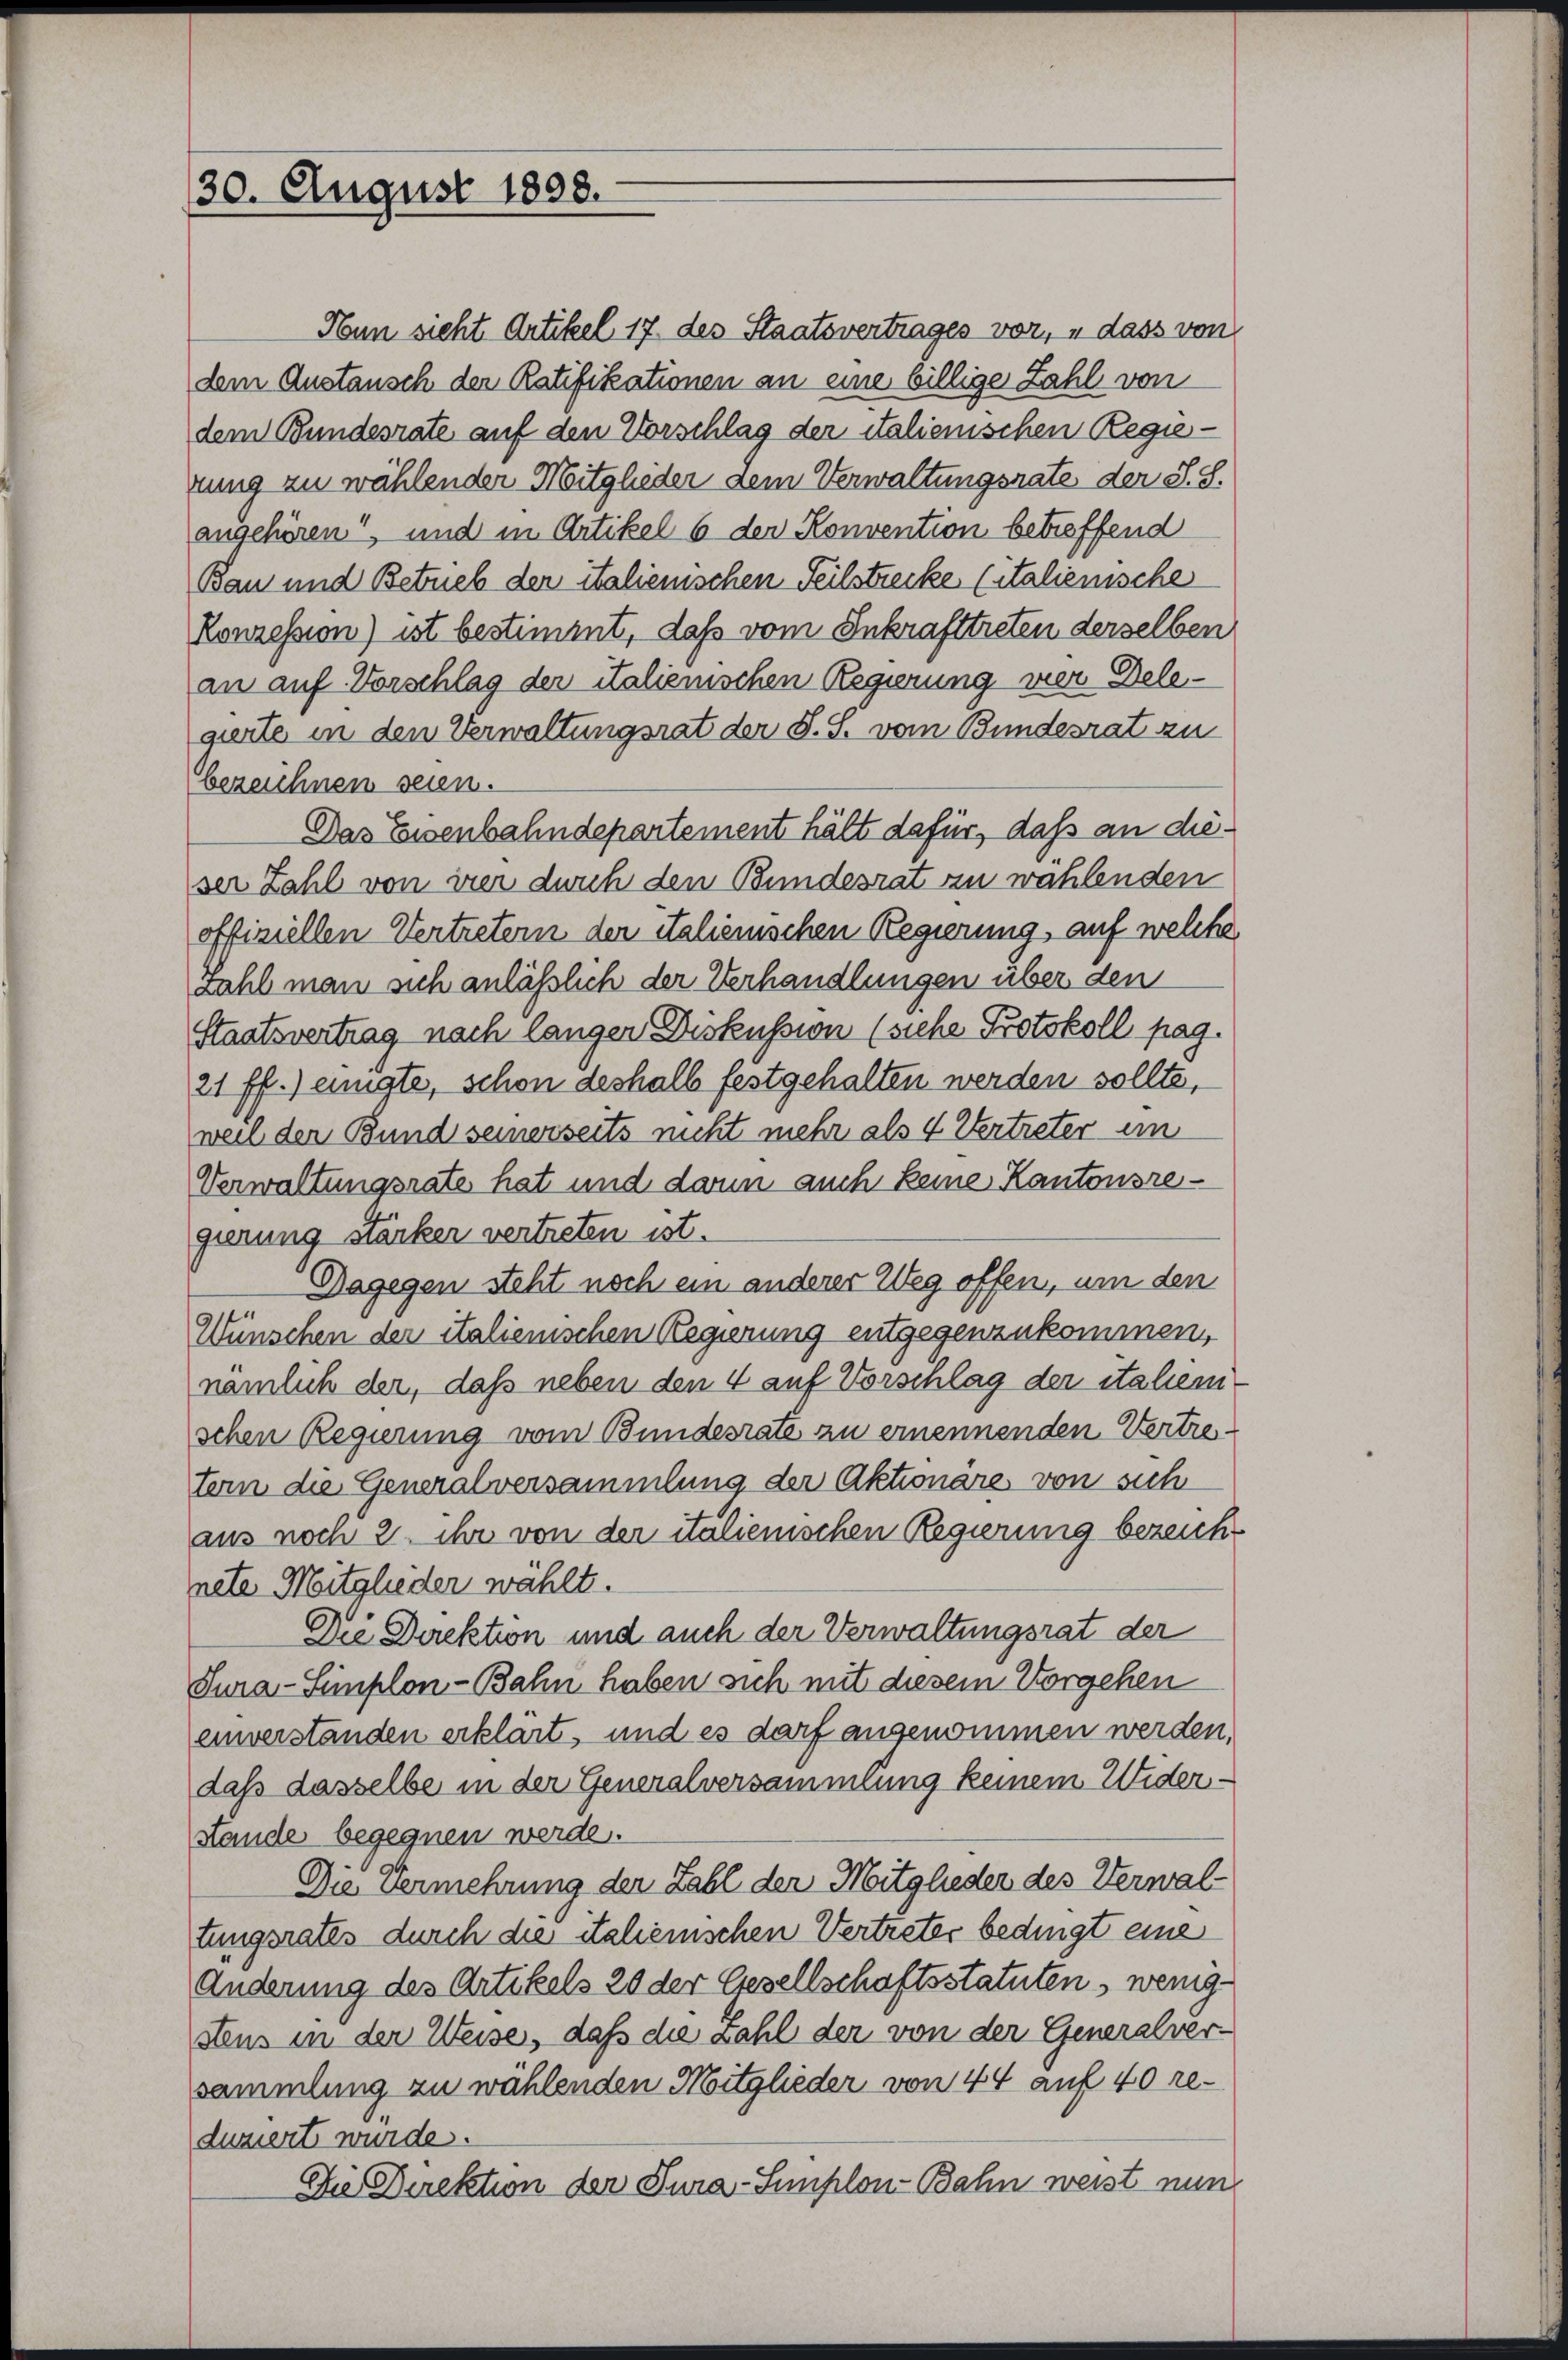
30. August 1898.

Nun sicht Artikel 17 des Staatsvertrages vor, dass von
dem Austausch der Ratifikationen an eine billige Zahl von
dem Bundesrate auf den Vorschlag der italienischen Regiezung zu wählender Mitglieder dem Verwaltungsrate der S. S.
angehören und in Artikel 6 der Konvention betreffend
Bau und Betrieb der italienischen Teilstrecke (italienische
Konzession) ist bestimmt, daß vom Inkrafttreten derselben
an auf Vorschlag der italienischen Regierung vier Delegierte in den Verwaltungsrat der S. S. vom Bundesrat zu
bezeichnen seien.
Das Eisenbahndepartement hält dafür, daß an dieser Zahl von vier durch den Bundesrat zu wählenden
offiziellen Vertretern der italienischen Regierung, auf welche
zahl man sich anlässlich der Verhandlungen über den
Staatsvertrag nach langen Diskussion (siehe Protokoll pag.
21 ff.) einigte, schon deshalb festgehalten werden sollte,
weil der Bund seinerseits nicht mehr als 4 Vertreter im
Verwaltungsrate hat und dann auch keine Kantonsregierung stärker vertreten ist.
Dagegen steht noch ein anderer Weg offen, um den
Wünschen der italienischen Regierung entgegenzukommen,
nämlich der, daß neben den 4 auf Vorschlag der italienischen Regierung vom Bundesrate zu ernennenden Vertretern die Generalversammlung der Aktionäre von sich
aus noch 2 ihr von der italienischen Regierung bezeich-
nete Mitglieder wählt.
Die Direktion und auch der Verwaltungsrat der
Tura-Simplon-Bahn haben sich mit diesem Vorgehen
einverstanden erklärt, und es darf angenommen werden,
daß dasselbe in der Generalversammlung keinem Widerstände begegnen werde
Die Vermehrung der Zahl der Mitglieder des Verwaltungsrates durch die italienischen Vertreter bedingt eine
Änderung des Artikels 20 der Gesellschaftsstatuten, wenigstens in der Weise, daß die zahl der von der Generalversammlung zu wählenden Mitglieder von 44 auf 40 reduziert wurde.
Die Direktion der Jura-Simplon-Bahn weist nun